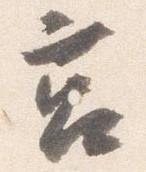
莒